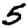
Digit: 5